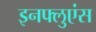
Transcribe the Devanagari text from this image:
इनफ्लुएंस